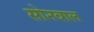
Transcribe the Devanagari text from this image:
सोनवाल